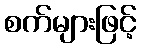
စက်များဖြင့်